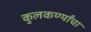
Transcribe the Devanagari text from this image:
कुलकर्ण्यांचा